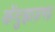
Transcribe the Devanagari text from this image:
केंदुझाड़गढ़